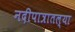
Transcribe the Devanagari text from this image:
नदीपात्रातल्या